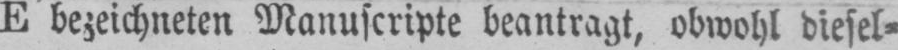
E bezeichneten Manuscripte beantragt, obwohl diesel⸗